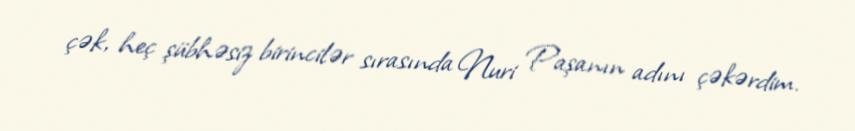
çək, heç şübhəsiz birincilər sırasında Nuri Paşanın adını çəkərdim.